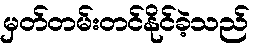
မှတ်တမ်းတင်နိုင်ခဲ့သည်